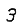
Digit: 3